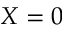
X = 0